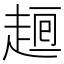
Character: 𧼉